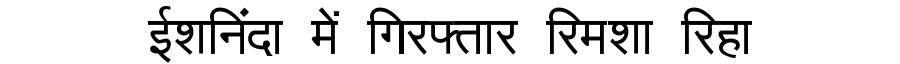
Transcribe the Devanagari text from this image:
ईशनिंदा में गिरफ्तार रिमशा रिहा